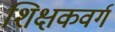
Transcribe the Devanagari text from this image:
शिक्षकवर्ग